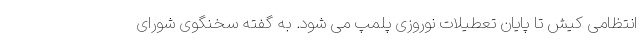
انتظامی کیش تا پایان تعطیلات نوروزی پلمپ می شود. به گفته سخنگوی شورای